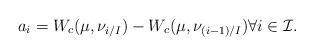
LaTeX: \begin{align*} a_i = W_c (\mu, \nu_{i/I}) - W_c (\mu, \nu_{(i-1)/I}) \forall i\in\mathcal I. \end{align*}